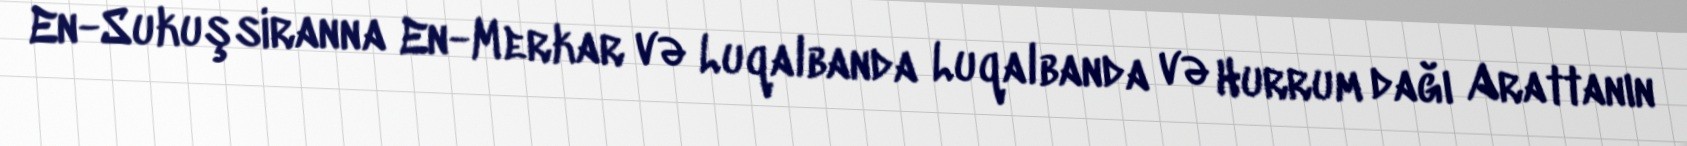
En-Sukuşsiranna En-Merkar və Luqalbanda Luqalbanda və Hurrum dağı Arattanın